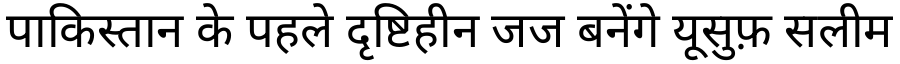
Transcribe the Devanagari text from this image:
पाकिस्तान के पहले दृष्टिहीन जज बनेंगे यूसुफ़ सलीम